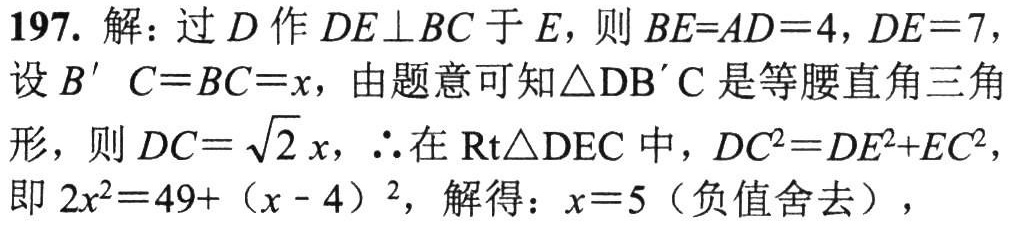
197. 解：过\(D\)作\(DE\perp BC\)于\(E\)，则\(BE = AD = 4\)，\(DE = 7\)，

设\(B'C = BC = x\)，由题意可知\(\triangle DB'C\)是等腰直角三角形，则\(DC = \sqrt{2}x\)，\(\therefore\)在\(\text{Rt}\triangle DEC\)中，\(DC^{2}=DE^{2}+EC^{2}\)，

即\(2x^{2}=49+(x - 4)^{2}\)，解得：\(x = 5\)（负值舍去），